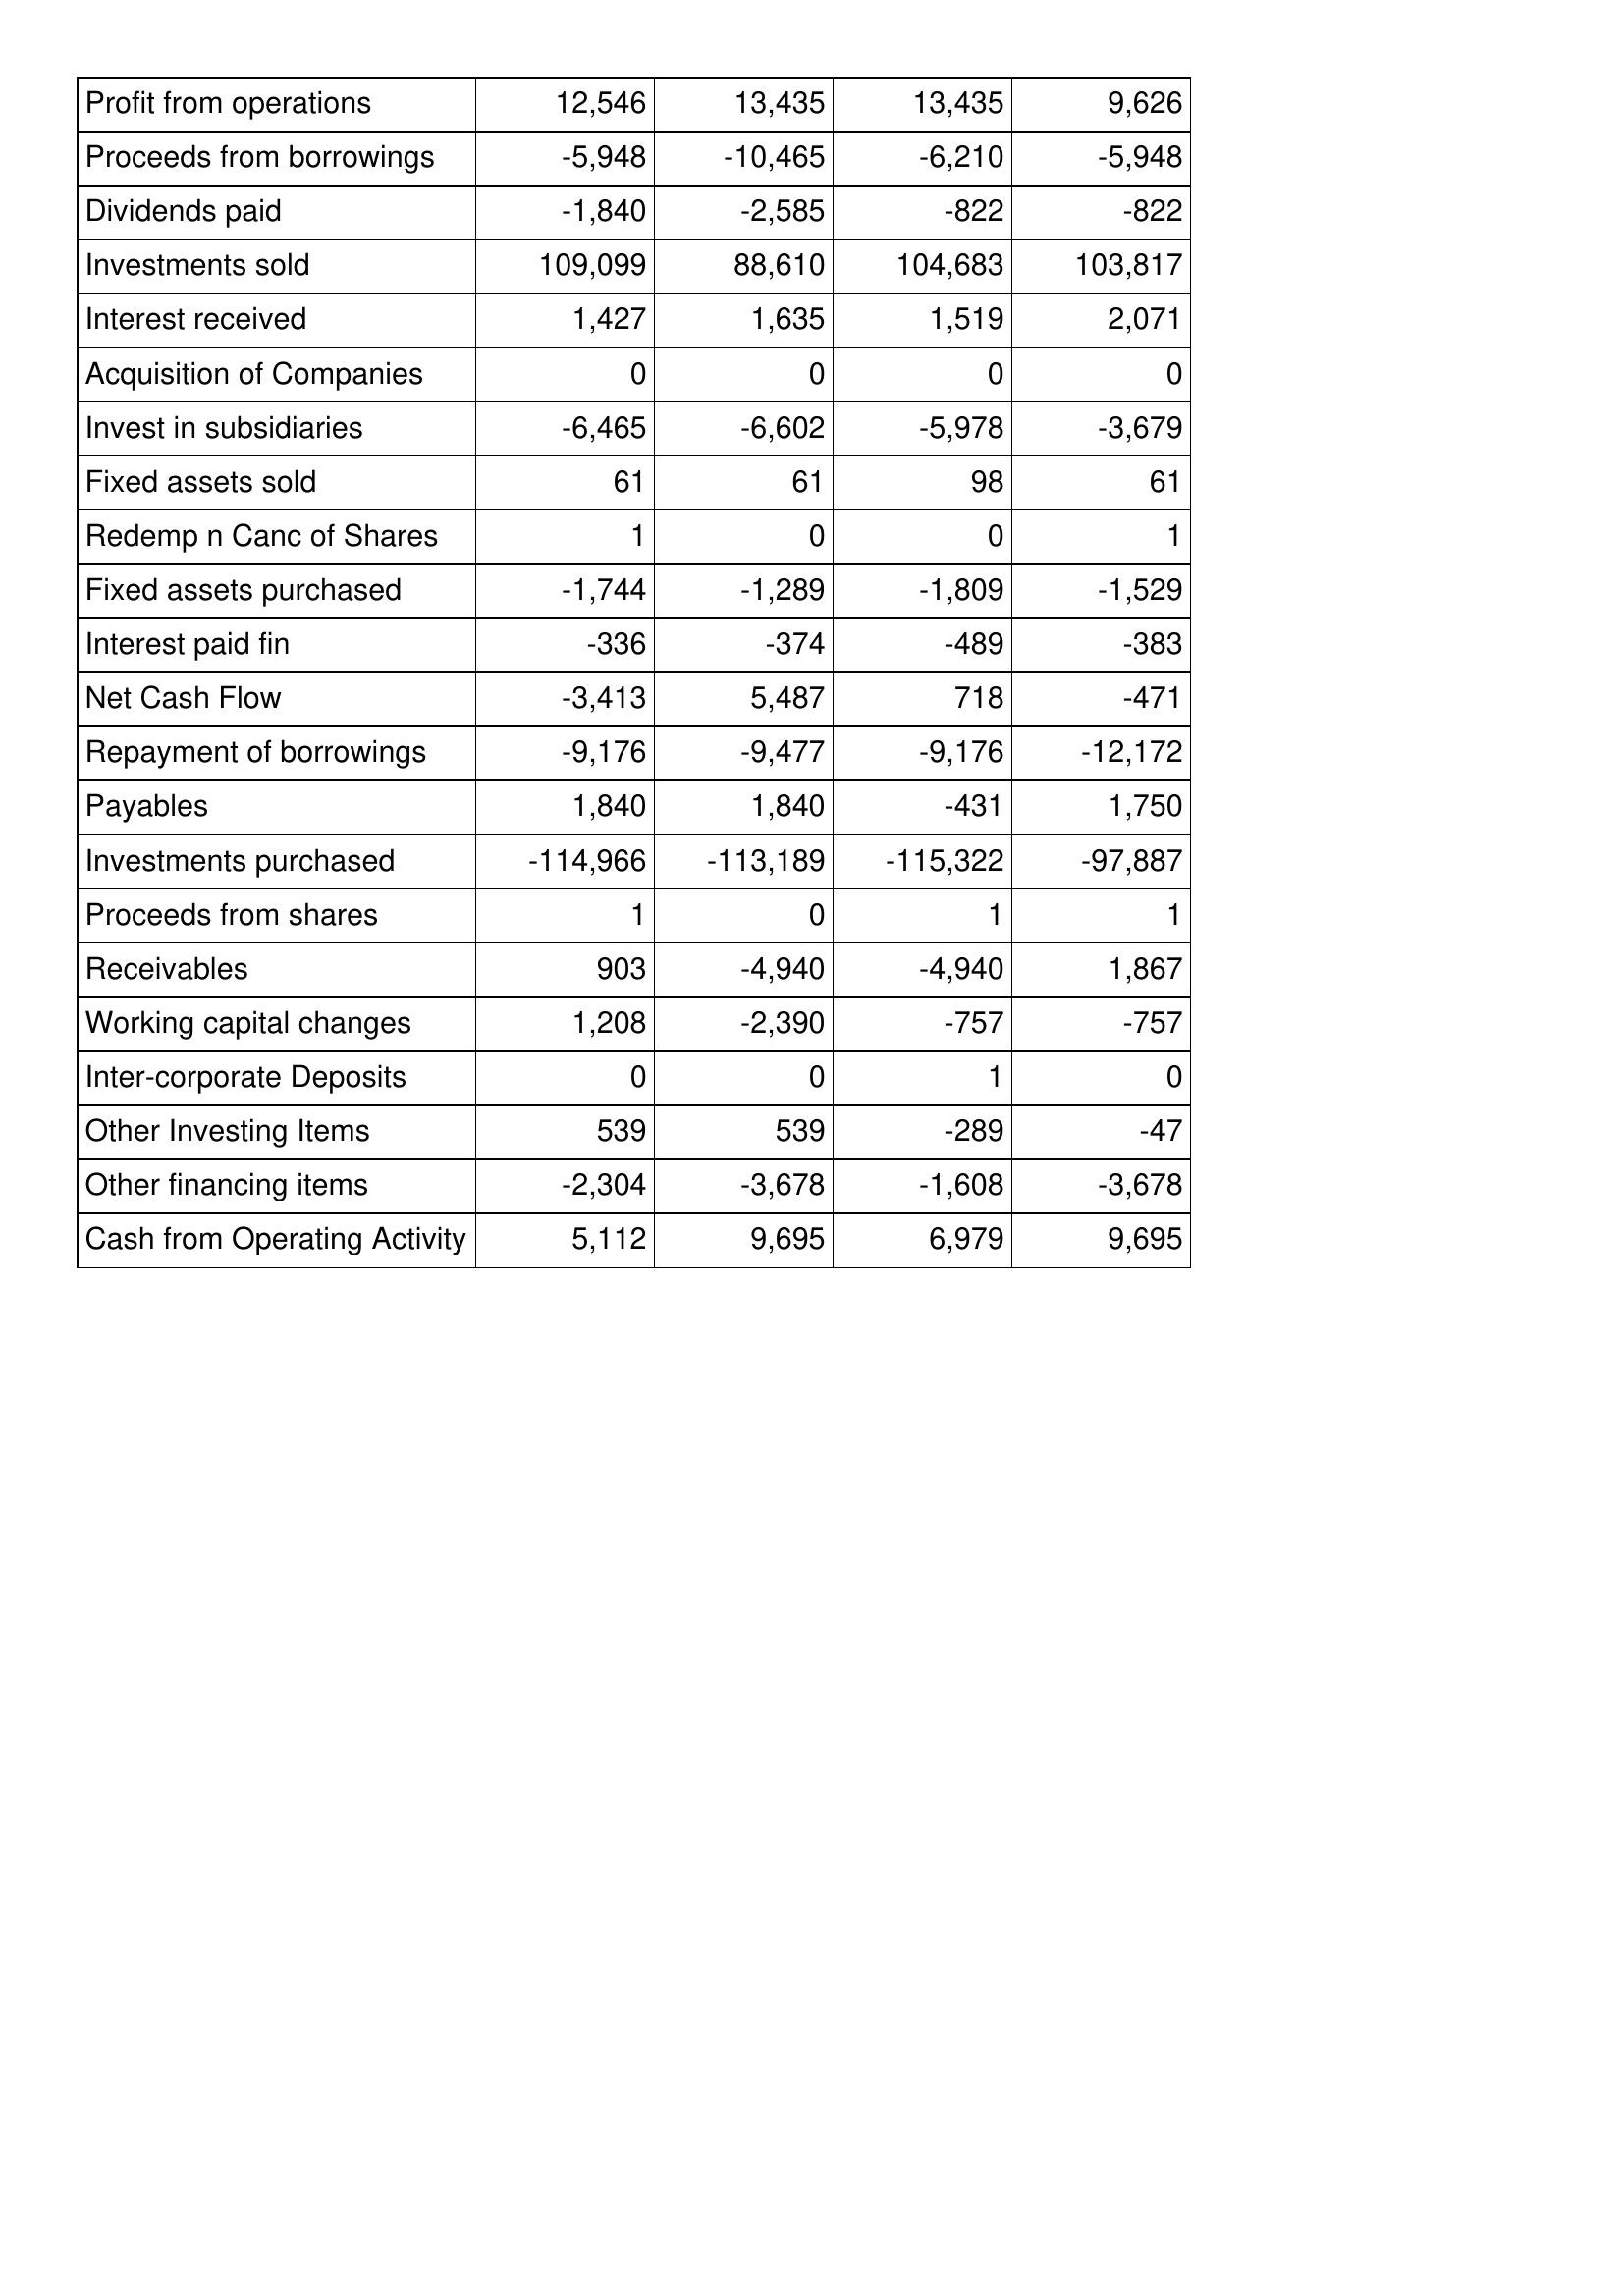
Oct-17: Cash Flows: Profit from operations: 12,546
Proceeds from borrowings: -5,948
Dividends paid: -1,840
Investments sold: 109,099
Interest received: 1,427
Acquisition of Companies: 0
Invest in subsidiaries: -6,465
Fixed assets sold: 61
Redemp n Canc of Shares: 1
Fixed assets purchased: -1,744
Interest paid fin: -336
Net Cash Flow: -3,413
Repayment of borrowings: -9,176
Payables: 1,840
Investments purchased: -114,966
Proceeds from shares: 1
Receivables: 903
Working capital changes: 1,208
Inter-corporate Deposits: 0
Other Investing Items: 539
Other financing items: -2,304
Cash from Operating Activity: 5,112
Oct-16: Cash Flows: Profit from operations: 13,435
Proceeds from borrowings: -10,465
Dividends paid: -2,585
Investments sold: 88,610
Interest received: 1,635
Acquisition of Companies: 0
Invest in subsidiaries: -6,602
Fixed assets sold: 61
Redemp n Canc of Shares: 0
Fixed assets purchased: -1,289
Interest paid fin: -374
Net Cash Flow: 5,487
Repayment of borrowings: -9,477
Payables: 1,840
Investments purchased: -113,189
Proceeds from shares: 0
Receivables: -4,940
Working capital changes: -2,390
Inter-corporate Deposits: 0
Other Investing Items: 539
Other financing items: -3,678
Cash from Operating Activity: 9,695
Oct-15: Cash Flows: Profit from operations: 13,435
Proceeds from borrowings: -6,210
Dividends paid: -822
Investments sold: 104,683
Interest received: 1,519
Acquisition of Companies: 0
Invest in subsidiaries: -5,978
Fixed assets sold: 98
Redemp n Canc of Shares: 0
Fixed assets purchased: -1,809
Interest paid fin: -489
Net Cash Flow: 718
Repayment of borrowings: -9,176
Payables: -431
Investments purchased: -115,322
Proceeds from shares: 1
Receivables: -4,940
Working capital changes: -757
Inter-corporate Deposits: 1
Other Investing Items: -289
Other financing items: -1,608
Cash from Operating Activity: 6,979
Oct-14: Cash Flows: Profit from operations: 9,626
Proceeds from borrowings: -5,948
Dividends paid: -822
Investments sold: 103,817
Interest received: 2,071
Acquisition of Companies: 0
Invest in subsidiaries: -3,679
Fixed assets sold: 61
Redemp n Canc of Shares: 1
Fixed assets purchased: -1,529
Interest paid fin: -383
Net Cash Flow: -471
Repayment of borrowings: -12,172
Payables: 1,750
Investments purchased: -97,887
Proceeds from shares: 1
Receivables: 1,867
Working capital changes: -757
Inter-corporate Deposits: 0
Other Investing Items: -47
Other financing items: -3,678
Cash from Operating Activity: 9,695